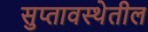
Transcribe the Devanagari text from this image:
सुप्तावस्थेतील